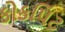
કોકપિટ